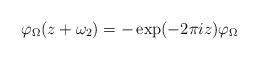
LaTeX: \begin{align*}\varphi_{\Omega}(z + \omega_2) = -\exp(-2\pi iz)\varphi_{\Omega}\end{align*}